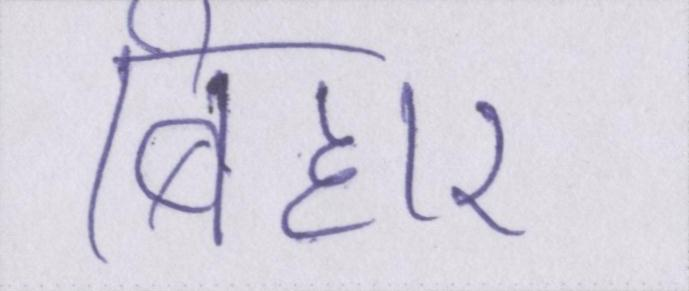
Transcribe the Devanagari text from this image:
बिहार